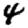
Digit: 4